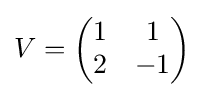
V={\begin{pmatrix}1&1\\2&-1\end{pmatrix}}